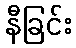
နီခြင်း